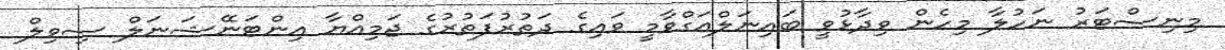
މިނިސްޓަރު ނަހުލާ މިހެން ވިދާޅުވީ ބައިނަލްއަގްވާމީ ވައިގެ ދަތުރުފަތުރުގެ ޖަމިއްޔާ އިންޓަނޭޝަނަލް ސިވިލް